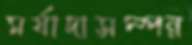
মর্যাদাসম্পন্ন